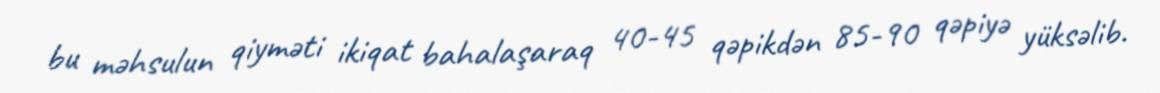
bu məhsulun qiyməti ikiqat bahalaşaraq 40-45 qəpikdən 85-90 qəpiyə yüksəlib.